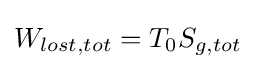
{W}_{lost,tot}=T_{0}{S}_{g,tot}